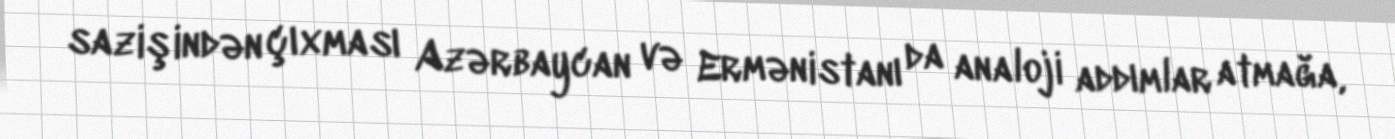
sazişindən çıxması Azərbaycan və Ermənistanı da analoji addımlar atmağa,